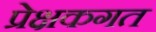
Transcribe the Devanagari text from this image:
प्रेक्षकगत